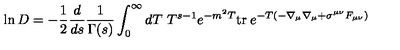
\ln D = - \frac { 1 } { 2 } \frac { d } { d s } \frac { 1 } { \Gamma ( s ) } \int _ { 0 } ^ { \infty } d T \ T ^ { s - 1 } e ^ { - m ^ { 2 } T } \mathrm { t r } \: e ^ { - T ( - \nabla _ { \mu } \nabla _ { \mu } + \sigma ^ { \mu \nu } F _ { \mu \nu } ) } \raisebox { - 9 p t } { { \scriptstyle s = 0 } } \label 9